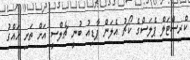
ކްރިސްޓަލް ޕެލަސްގެ ކޯޗު އެލަން ޕާޑިއު ބުނީ ޗެލްސީ އަށް ތަށި ހައްގު